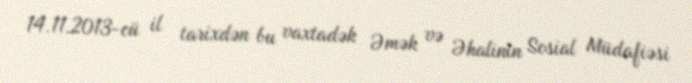
14.11.2013-cü il tarixdən bu vaxtadək Əmək və Əhalinin Sosial Müdafiəsi